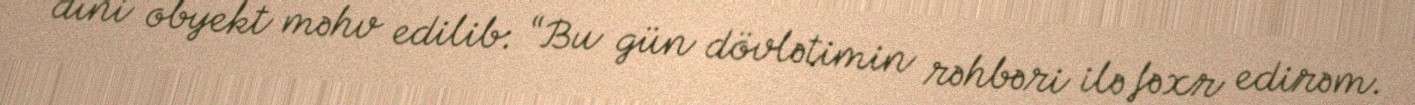
dini obyekt məhv edilib: “Bu gün dövlətimin rəhbəri ilə fəxr edirəm.